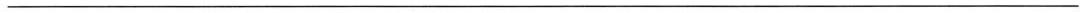
___